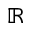
\mathbb { R }